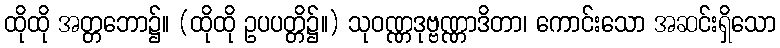
ထိုထို အတ္တဘော၌။ (ထိုထို ဥပပတ္တိ၌။) သုဝဏ္ဏဒုဗ္ဗဏ္ဏာဒိတာ၊ ကောင်းသော အဆင်းရှိသော